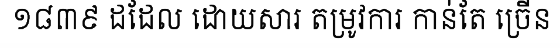
១៨៣៩ ដដែល ដោយសារ តម្រូវការ កាន់តែ ច្រើន